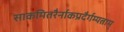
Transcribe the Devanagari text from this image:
साकमितरैर्नाकप्रदैर्गम्यताम्